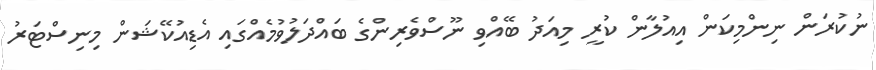
ނުކުރަން ނިންމިކަން އިއުލާން ކުރީ މިއަދު ބޭއްވި ނޫސްވެރިންގެ ބައްދަލުވުމެއްގައި އެޑިއުކޭޝަން މިނިސްޓަރު